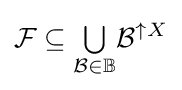
{\mathcal {F}}\subseteq {\textstyle \bigcup \limits _{{\mathcal {B}}\in \mathbb {B} }}{\mathcal {B}}^{\uparrow X}